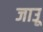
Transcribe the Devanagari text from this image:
जाउू